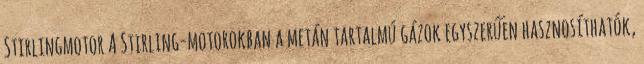
Stirlingmotor A Stirling-motorokban a metán tartalmú gázok egyszerűen hasznosíthatók,